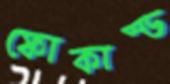
ফোকাস্ড